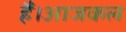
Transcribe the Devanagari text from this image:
हैं।आजकल